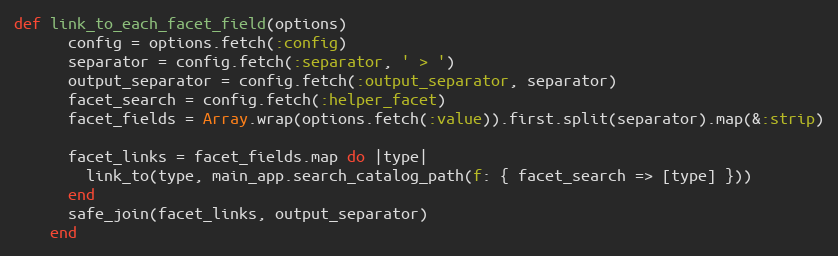
Language: Ruby
def link_to_each_facet_field(options)
      config = options.fetch(:config)
      separator = config.fetch(:separator, ' > ')
      output_separator = config.fetch(:output_separator, separator)
      facet_search = config.fetch(:helper_facet)
      facet_fields = Array.wrap(options.fetch(:value)).first.split(separator).map(&:strip)

      facet_links = facet_fields.map do |type|
        link_to(type, main_app.search_catalog_path(f: { facet_search => [type] }))
      end
      safe_join(facet_links, output_separator)
    end